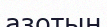
азотын